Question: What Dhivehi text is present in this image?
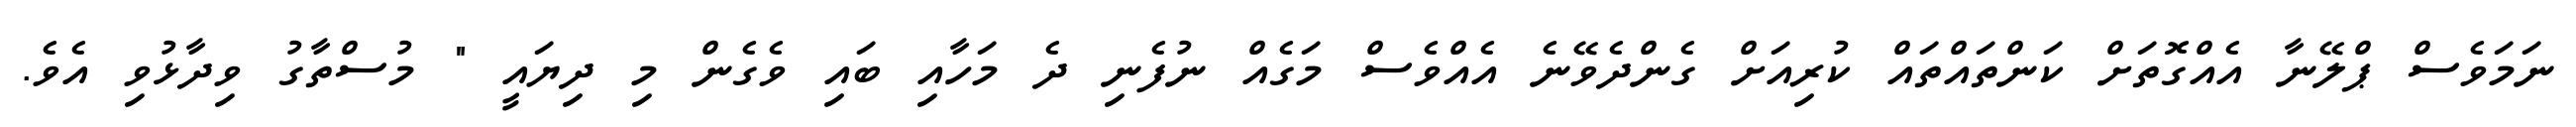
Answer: ނަމަވެސް ޕްލޭނާ އެއްގޮތަށް ކަންތައްތައް ކުރިއަށް ގެންދެވޭނެ އެއްވެސް މަގެއް ނުފެނި ދެ މަހާއި ބައި ވެގެން މި ދިޔައީ " މުސްތާގު ވިދާޅުވި އެވެ.